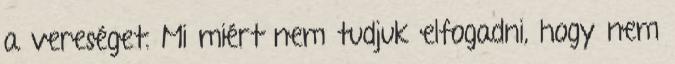
a vereséget. Mi miért nem tudjuk elfogadni, hogy nem